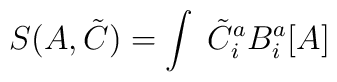
S(A,{\tilde C})= \int\;{\tilde C}_{i}^{a}B_{i}^{a}[A]